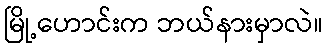
မြို့ဟောင်းက ဘယ်နားမှာလဲ။